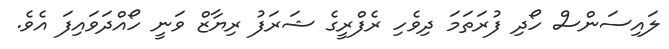
ލައިސަންސް ހޯދި ފުރަތަަމަ ދިވެހި ރެފްރީގެ ޝަރަފު ރިޔާޒް ވަނީ ހޯއްދަވައިފަ އެވެ.